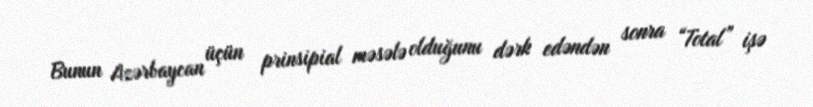
Bunun Azərbaycan üçün prinsipial məsələ olduğunu dərk edəndən sonra “Total” işə